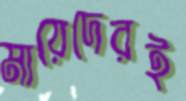
মায়েদেরই